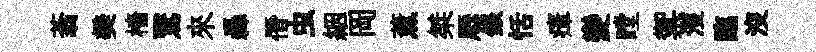
蓊樊檣鷖來轟僭虫絪岡薰桀厯銀恬瘴變瞠禦濩臨没